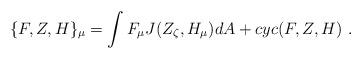
LaTeX: \begin{align*}\{ F, Z, H \}_{\mu} = \int F_{\mu} J(Z_{\zeta}, H_{\mu}) dA + cyc(F,Z,H)~.\end{align*}